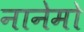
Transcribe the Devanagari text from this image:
नानेमो